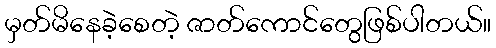
မှတ်မိနေခဲ့စေတဲ့ ဇာတ်ကောင်တွေဖြစ်ပါတယ်။